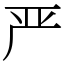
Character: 严